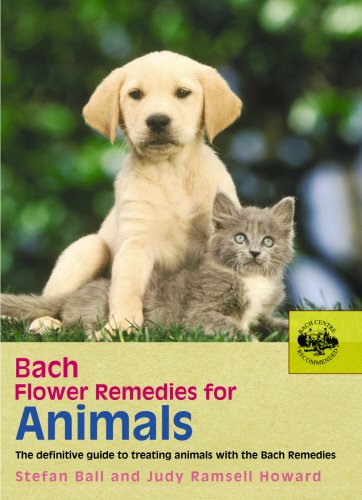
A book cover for Bach Flower Remedies for Animals: The Definitive Guide to Treating Animals with the Bach Remedies; Stefan Ball; Medical Books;